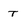
Character: T